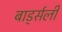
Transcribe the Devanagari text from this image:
बार्ड्सली